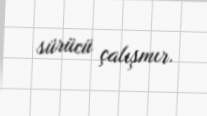
sürücü çalışmır.